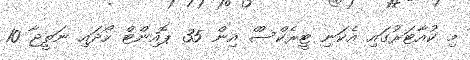
މި ކުއާޓަރުގައި އެކަނި ޓީރެކްސްް އިން 35 ޕޮއިންޓް ހޯދައި ނަތީޖާ 10